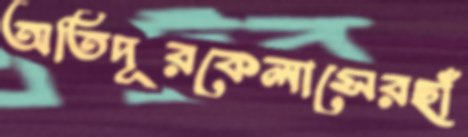
অতিদূরকেলাসেরছাঁ